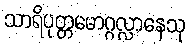
သာရိပုတ္တမောဂ္ဂလ္လာနေသု